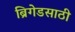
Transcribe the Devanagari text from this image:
ब्रिगेडसाठी